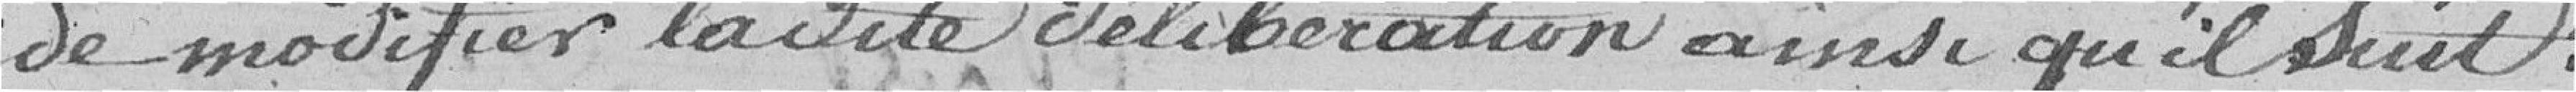
de modifier ladite délibération ainsi qu'il suit :